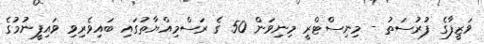
ވަޒީފާގެ ފުރުސަތު - މިނިސްޓްރީ މިނިވަން 50 ގެ ރަސްމިއްޔާތުގައި ބައިވެރިވި ވައިފީނުމުގެ